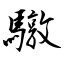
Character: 驐